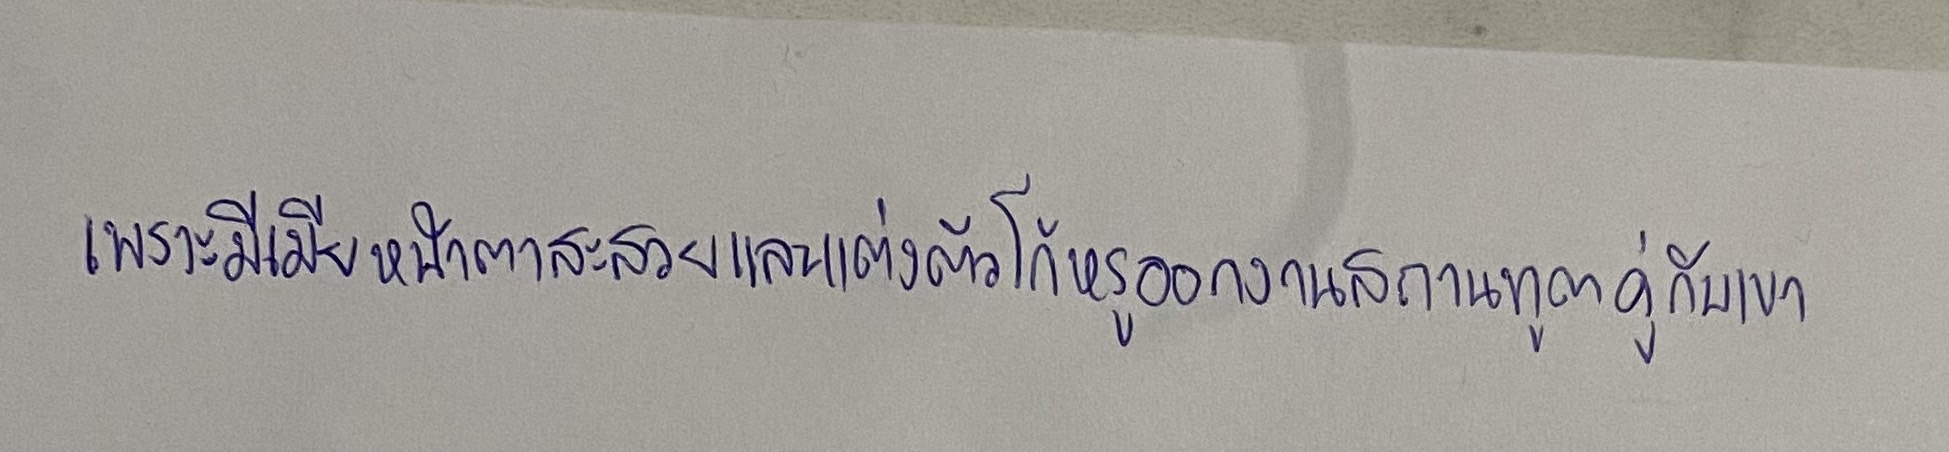
เพราะมีเมียหน้าตาสะสวยและแต่งตัวโก้หรูออกงานสถานทูตคู่กับเขา